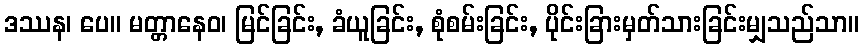
ဒဿန၊ ပေ။ မတ္တာနေဝ၊ မြင်ခြင်း, ခံယူခြင်း, စုံစမ်းခြင်း, ပိုင်းခြားမှတ်သားခြင်းမျှသည်သာ။